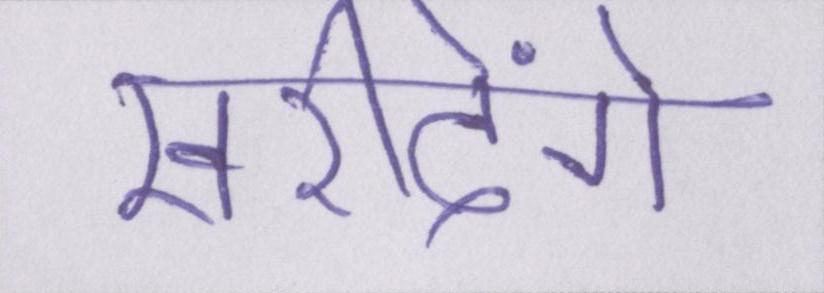
खरीदेंगे